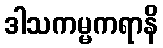
ဒါသကမ္မကရာနိ